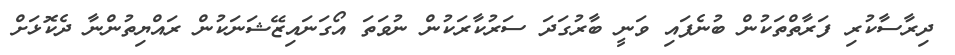
ދިރާސާކުރި ފަރާތްތަކުން ބުނެފައި ވަނީ ބާރުގަދަ ސަރުކާރަކުން ނުވަތަ އޯގަނައިޒޭޝަނަކުން ރައްޔިތުންނާ ދެކޮޅަށް